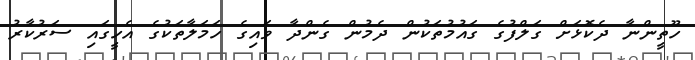
ހޫތީންނާ ދެކޮޅަށް ގަލްފުގެ ގައުމުތަކުން ދެމުން ގެންދާ ވައިގެ ހަމަލާތަކުގެ އެހީގައި ސަރުކާރު